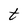
Character: t